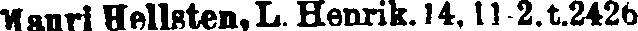
Mauri Hellsten,L.Henrik.14, 11-2.t.2426